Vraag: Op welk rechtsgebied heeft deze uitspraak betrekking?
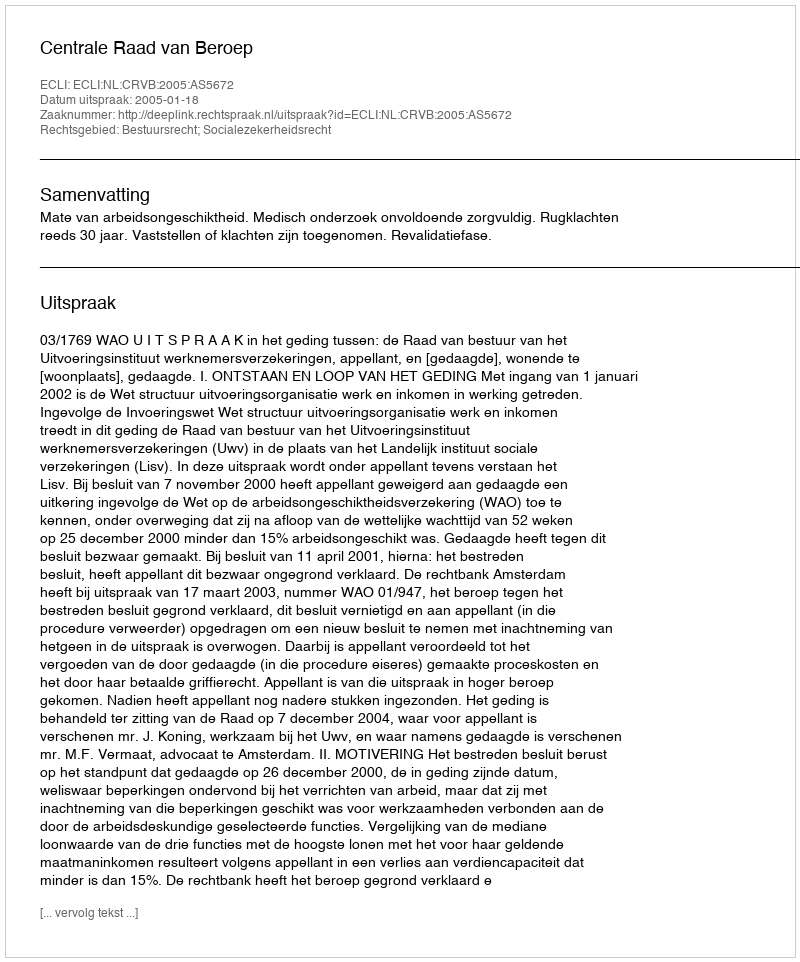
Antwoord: Bestuursrecht; Socialezekerheidsrecht